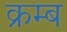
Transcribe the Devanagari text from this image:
क्रम्ब